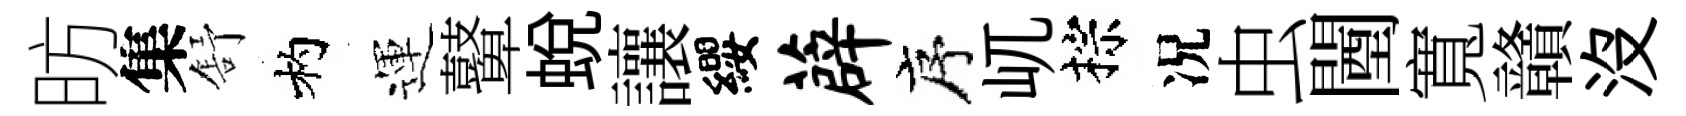
昉集舒杓運鼙蛻讓纓薜序屼棕况虫闉寬贛沒